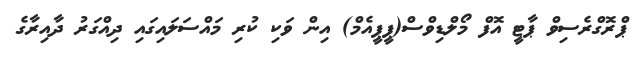
ޕްރޮގްރެސިވް ޕާޓީ އޮފް މޯލްޑިވްސް(ޕީޕީއެމް) އިން ވަކި ކުރި މައްސަލައިގައި ދިއްގަރު ދާއިރާގެ